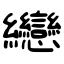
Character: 纞